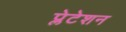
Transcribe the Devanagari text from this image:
प्लेटेशन